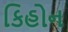
કિહોન